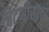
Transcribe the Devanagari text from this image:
चिटणीसांचा